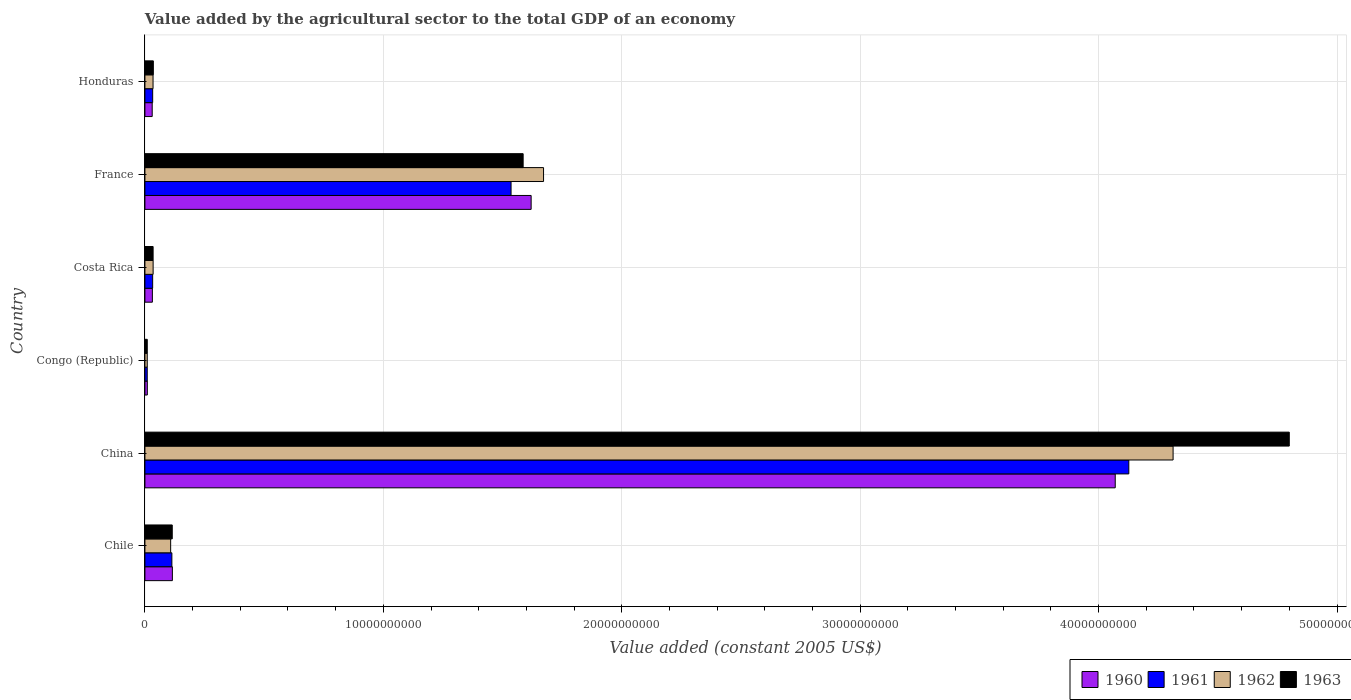
| Country | 1960 | 1961 | 1962 | 1963 |
 | --- | --- | --- | --- | --- |
 | Chile | 1.15e+09 | 1.13e+09 | 1.08e+09 | 1.15e+09 |
 | China | 4.07e+10 | 4.13e+10 | 4.31e+10 | 4.8e+10 |
 | Congo (Republic) | 1.01e+08 | 9.74e+07 | 9.79e+07 | 9.86e+07 |
 | Costa Rica | 3.13e+08 | 3.24e+08 | 3.44e+08 | 3.43e+08 |
 | France | 1.62e+10 | 1.54e+10 | 1.67e+10 | 1.59e+10 |
 | Honduras | 3.05e+08 | 3.25e+08 | 3.41e+08 | 3.53e+08 |